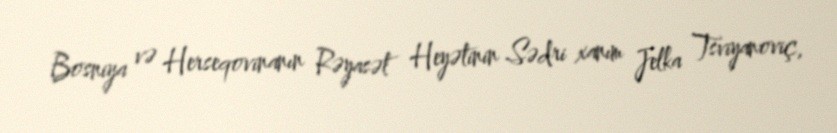
Bosniya və Herseqovinanın Rəyasət Heyətinin Sədri xanım Jelka Tsviyanoviç,